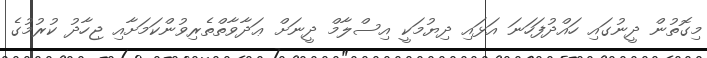
މިގޮތުން ދީނުގައި ހައްދުފަހަނަ އަޅައި ދިޔުމަކީ އިސްލާމް ދީނަށް ޢަދާވާތްތެރިވުންކަމަށާއި ޖިހާދު ކުރުމުގެ